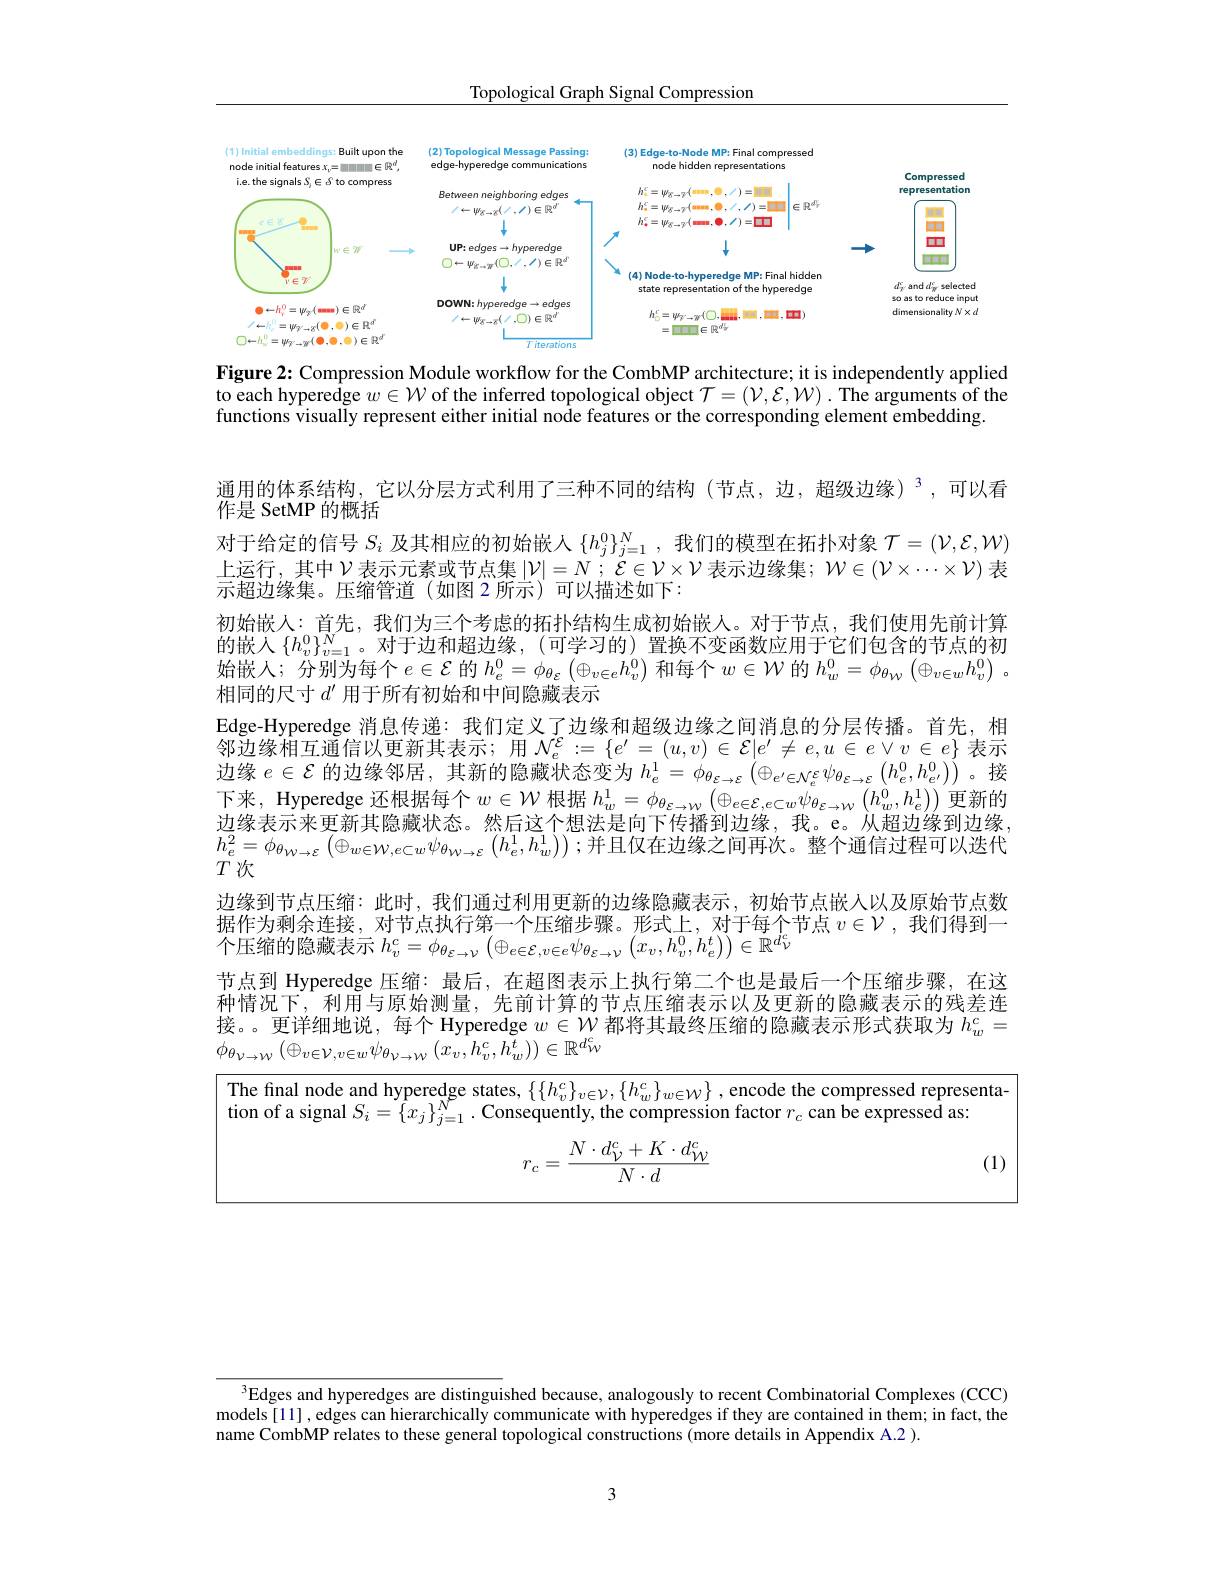
Topological Graph Signal Compression

<FigureHere>

Figure 2: Compression Module workflow for the CombMP architecture; it is independently applied to each hyperedge $w\in\mathcal{W}$ of the inferred topological object $\mathcal{T}=\left(\mathcal{V},\mathcal{E},\mathcal{W}\right).$ The arguments of the functions visually represent either initial node features or the corresponding element embedding

$通用的体系结构，它以分层方式利用了三种不同的结构(节点，边，超级边缘)^3,可以看$
作是 SetMP 的概括
对于给定的信号$S_i$及其相应的初始嵌人$\{h_j^0\}_{j=1}^N$,我们的模型在拓扑对象$\mathcal{T}=(\mathcal{V},\mathcal{E},\mathcal{W})$ 上运行，其中$\mathcal{V}$表示元素或节点集$\left | \mathcal{V} \right | = N$ ; $\mathcal{E} \in \mathcal{V} \times \mathcal{V}$ 表示边缘集；$\mathcal{W}\in(\mathcal{V}\times\cdots\times\mathcal{V})$ 表示超边缘集。压缩管道(如图 2 所示)可以描述如下：
初始嵌人：首先，我们为三个考虑的拓扑结构生成初始嵌人。对于节点，我们使用先前计算的嵌入$\{h_v^0\}_{v=1}^N$。对于边和超边缘，(可学习的)置换不变函数应用于它们包含的节点的初如果上，《时为后众，$\in S$ 的 $L^0( n- L)$ 和气众$\ldots\subset M$ 的$h_0^0$ 始嵌人；分别为每个$e\in\mathcal{E}$的$h_e^0=\phi_{\theta_\varepsilon}\left(\oplus_{v\in e}h_v^0\right)$和每个$w\in\mathcal{W}$的$h_w^0=\phi_{\theta_W}\left(\oplus_{v\in w}h_v^0\right)$。相同的尺寸$d^\prime$用于所有初始和中间隐藏表示
Edge-Hyperedge 消息传递：我们定义了边缘和超级边缘之间消息的分层传播。首先，相邻边缘相互通信以更新其表示；用$\mathcal{N}_e^{\mathcal{E}}:=\{e^{\prime}=(u,v)\in\mathcal{E}|e^{\prime}\neq e,u\in e\lor v\in e\}$ 表示边 缘 $e\in \mathcal{E}$ 的 边 缘 邻 居 , 其 新 的 隐 藏 状 态 变 为 $h_{e}^{1}= \phi _{\theta _{\varepsilon \rightarrow \mathcal{E} }}\left ( \oplus _{e^{\prime }\in \mathcal{N} _{\varepsilon }^{\prime }}\psi _{\theta _{\varepsilon \rightarrow \mathcal{E} }}\left ( h_{e}^{0}, h_{e^{\prime }}^{0}\right ) \right )$ 。接 下 来 , Hyperedge 还 根 据 每 个 $w\in \mathcal{W}$ 根 据 $h_{w}^{1}= \phi _{\theta _{\varepsilon \rightarrow \mathcal{W} }}\left ( \oplus _{e\in \mathcal{E} , e\subset w}\psi _{\theta _{\varepsilon \rightarrow \mathcal{W} }}\left ( h_{w}^{0}, h_{e}^{1}\right ) \right )$更 新 的边缘表示来更新其隐藏状态。然后这个想法是向下传播到边缘，我。e。从超边缘到边缘$h_{e}^{2}=\phi_{\theta_{W\to\mathcal{\varepsilon}}}\left(\oplus_{w\in\mathcal{W},e\subset w}\psi_{\theta_{W\to\mathcal{\varepsilon}}}\left(h_{e}^{1},h_{w}^{1}\right)\right);$并且仅在边缘之间再次。整个通信过程可以迭代$T$次
边缘到节点压缩：此时，我们通过利用更新的边缘隐藏表示，初始节点嵌人以及原始节点数据作为剩余连接，对节点执行第一个压缩步骤。形式上，对于每个节点$v\in\mathcal{V}$ ,我们得到一个压缩的隐藏表示 $h_v^c=\phi_{\theta_{\mathcal{E}\to\mathcal{V}}}\left(\oplus_{e\in\mathcal{E},v\in e}\psi_{\theta_{\mathcal{E}\to\mathcal{V}}}\left(x_v,h_v^0,h_e^t\right)\right)\in\mathbb{R}^{d_{\mathcal{V}}^c}$
节点到 Hyperedge 压缩：最后，在超图表示上执行第二个也是最后一个压缩步骤，在这种情况下，利用与原始测量，先前计算的节点压缩表示以及更新的隐藏表示的残差连接。。更详细地说，每个 Hyperedge $w\in\mathcal{W}$都将其最终压缩的隐藏表示形式获取为$h_w^c=$ $\phi_{\theta_{\nu\rightarrow W}}\left(\oplus_{v\in\mathcal{V},v\in w}\psi_{\theta_{\nu\rightarrow W}}\left(x_{v},h_{v}^{c},h_{w}^{t}\right)\right)\in\mathbb{R}^{d_{w}^{c}}$
The final node and hyperedge states, $\{ \{ h_v^c\} _{v\in \mathcal{V} }, \{ h_w^c\} _{w\in \mathcal{W} }\}$ , encode the compressed representa-

tion of a signal $S_i=\{x_j\}_{j=1}^{\Lambda}\cdot$ Consequently, the compression factor $r_c$ can be expressed as
$$r_c=\frac{N\cdot d_{\mathcal{V}}^c+K\cdot d_{\mathcal{W}}^c}{N\cdot d}$$
(1)

$^{3}$Edges and hyperedges are distinguished because, analogously to recent Combinatorial Complexes (CCC) models [1] , edges can hierarchically communicate with hyperedges if they are contained in them; in fact, the name CombMP relates to these general topological constructions (more details in Appendix A.2 ).

3